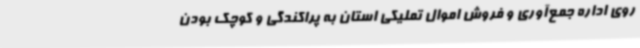
روی اداره جمع‌آوری و فروش اموال تملیکی استان به پراکندگی و کوچک بودن